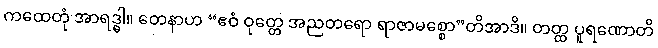
ကထေတုံ အာရဒ္ဓါ။ တေနာဟ “ဧဝံ ဝုတ္တေ အညတရော ရာဇာမစ္စော”တိအာဒိ။ တတ္ထ ပူရဏောတိ